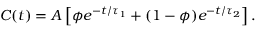
C ( t ) = A \left[ \phi e ^ { - t / \tau _ { 1 } } + ( 1 - \phi ) e ^ { - t / \tau _ { 2 } } \right] .